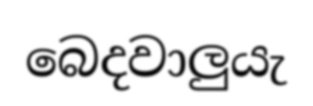
බෙදවාලුයැ